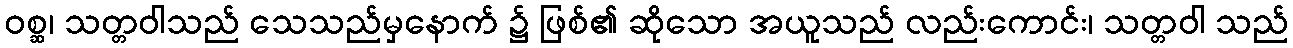
ဝစ္ဆ၊ သတ္တဝါသည် သေသည်မှနောက် ၌ ဖြစ်၏ ဆိုသော အယူသည် လည်းကောင်း၊ သတ္တဝါ သည်